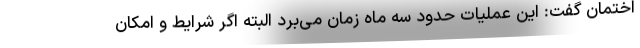
اختمان گفت: این عملیات حدود سه ماه زمان می‌برد البته اگر شرایط و امکان